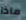
ماذا